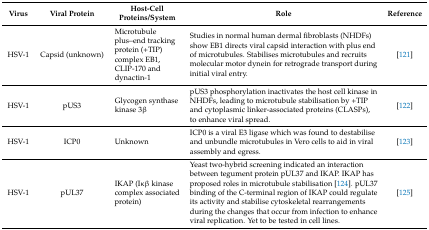
<table><thead><tr><td><b>Virus</b></td><td><b>Viral Protein</b></td><td><b>Host-Cell Proteins/System</b></td><td><b>Role</b></td><td><b>Reference</b></td></tr></thead><tbody><tr><td>HSV-1</td><td>Capsid (unknown)</td><td>Microtubule plus–end tracking protein (+TIP) complex EB1, CLIP-170 and dynactin-1</td><td>Studies in normal human dermal fibroblasts (NHDFs) show EB1 directs viral capsid interaction with plus end of microtubules. Stabilises microtubules and recruits molecular motor dynein for retrograde transport during initial viral entry.</td><td>[121]</td></tr><tr><td>HSV-1</td><td>pUS3</td><td>Glycogen synthase kinase 3β</td><td>pUS3 phosphorylation inactivates the host cell kinase in NHDFs, leading to microtubule stabilisation by +TIP and cytoplasmic linker-associated proteins (CLASPs), to enhance viral spread.</td><td>[122]</td></tr><tr><td>HSV-1</td><td>ICP0</td><td>Unknown</td><td>ICP0 is a viral E3 ligase which was found to destabilise and unbundle microtubules in Vero cells to aid in viral assembly and egress.</td><td>[123]</td></tr><tr><td>HSV-1</td><td>pUL37</td><td>IKAP (Iκβ kinase complex associated protein)</td><td>Yeast two-hybrid screening indicated an interaction between tegument protein pUL37 and IKAP. IKAP has proposed roles in microtubule stabilisation [124]. pUL37 binding of the C-terminal region of IKAP could regulate its activity and stabilise cytoskeletal rearrangements during the changes that occur from infection to enhance viral replication. Yet to be tested in cell lines.</td><td>[125]</td></tr></tbody></table>